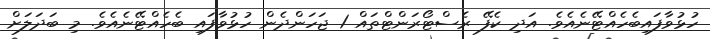
ހުޅުވާފައިބެހެއްޓޭނެއެވެ. އަދި ކެފޭ ރެސްޓޯރަންޓްތައް 1 ޖަހަންދެން ހުޅުވާފައި ބެހެއްޓޭނެއެވެ. މި ބަދަލަށް